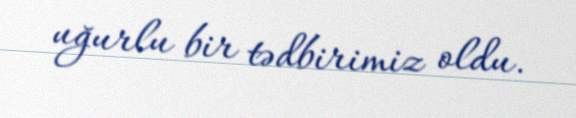
uğurlu bir tədbirimiz oldu.